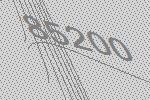
85200